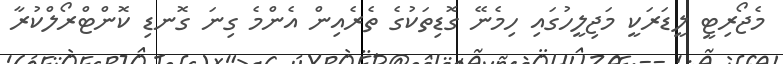
މެޖޯރިޓީ ލީޑަރަކީ މަޖިލީހުގައި ހިމެނޭ ގޮޑިތަކުގެ ތެރެއިން އެންމެ ގިނަ ގޮނޑި ކޮންޓްރޯލްކުރާ